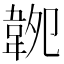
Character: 𩎝